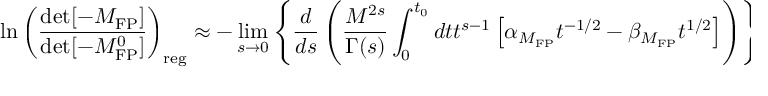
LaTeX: \ln \left( { \frac { \operatorname * { d e t } [ - { \cal M } _ { \mathrm { F P } } ] } { \operatorname * { d e t } [ - { \cal M } _ { \mathrm { F P } } ^ { 0 } ] } } \right) _ { \mathrm { r e g } } \approx - \operatorname * { l i m } _ { s \to 0 } \left\{ { \frac { d } { d s } } \left( { \frac { M ^ { 2 s } } { \Gamma ( s ) } } \int _ { 0 } ^ { t _ { 0 } } d t t ^ { s - 1 } \left[ \alpha _ { { \cal M } _ { \mathrm { F P } } } t ^ { - 1 / 2 } - \beta _ { { \cal M } _ { \mathrm { F P } } } t ^ { 1 / 2 } \right] \right) \right\} \; ,